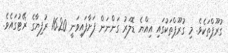
ގުރޫޕްތަކެވެ. މި ގުރޫޕްތަކުގައި އިއްޔެ ޑޮލަރު ގަންނަން ފަށާފައިވަނީ 16.20 ރުފިޔާގެ ޜޭޓުގައެވެ.